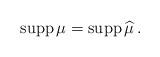
LaTeX: \begin{align*} \mathrm{supp}\,\mu=\mathrm{supp}\,\widehat\mu\,.\end{align*}